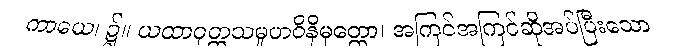
ကာယေ၊ ၌။ ယထာဝုတ္တသမူဟဝိနိမုတ္တော၊ အကြင်အကြင်ဆိုအပ်ပြီးသော